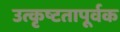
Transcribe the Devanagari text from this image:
उत्कृष्टतापूर्वक